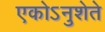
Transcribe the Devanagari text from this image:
एकोऽनुशेते